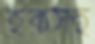
হকসহ